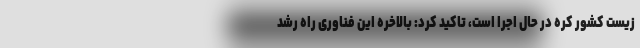
زیست کشور کره در حال اجرا است، تاکید کرد: بالاخره این فناوری راه رشد